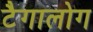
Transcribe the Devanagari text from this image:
टैगालोग